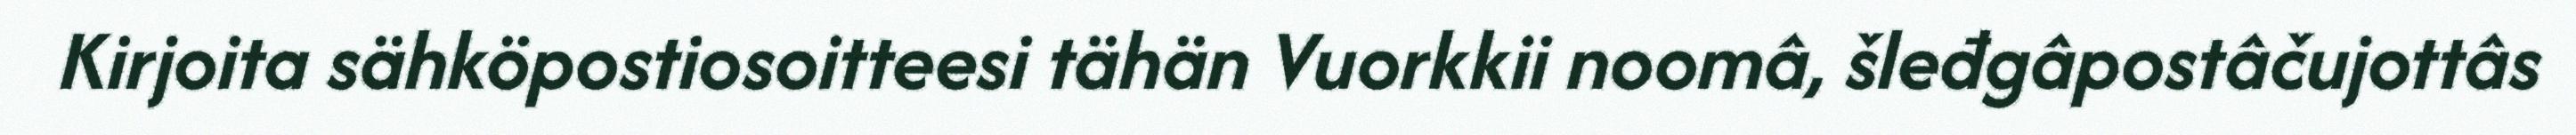
Kirjoita sähköpostiosoitteesi tähän Vuorkkii noomâ, šleđgâpostâčujottâs